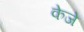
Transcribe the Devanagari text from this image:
केजे